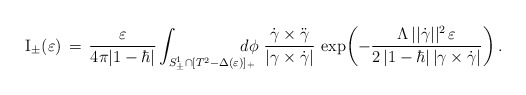
\begin{align*}{\rm I}_\pm(\varepsilon) \,=\, \frac{\varepsilon}{4\pi |1-\hbar|}\int_{S^1_\pm\cap[T^2 - \Delta(\varepsilon)]_+}\mskip-20mu d\phi\,\,\frac{\dot{\gamma}\times\ddot{\gamma}}{|\gamma\times\dot{\gamma}|}\, \exp{\!\left(-\frac{\Lambda\,||\dot{\gamma}||^2\,\varepsilon}{2\,|1-\hbar|\,|\gamma\times\dot{\gamma}|}\right)}\,.\end{align*}